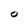
Character: o